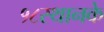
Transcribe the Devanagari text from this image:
१८स्थानके